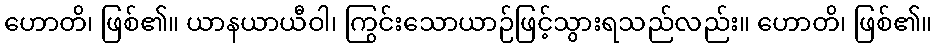
ဟောတိ၊ ဖြစ်၏။ ယာနယာယီဝါ၊ ကြွင်းသောယာဉ်ဖြင့်သွားရသည်လည်း။ ဟောတိ၊ ဖြစ်၏။